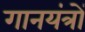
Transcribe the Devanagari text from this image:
गानयंत्रों